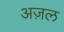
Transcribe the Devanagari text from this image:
अज़ल